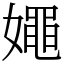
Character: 𡢘